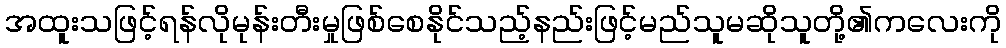
အထူးသဖြင့်ရန်လိုမုန်းတီးမှုဖြစ်စေနိုင်သည့်နည်းဖြင့်မည်သူမဆိုသူတို့၏ကလေးကို